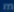
m